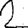
Digit: 2